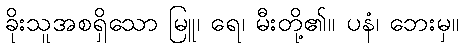
ခိုးသူအစရှိသော မြူ၊ ရေ၊ မီးတို့၏။ ပနံ၊ ဘေးမှ။